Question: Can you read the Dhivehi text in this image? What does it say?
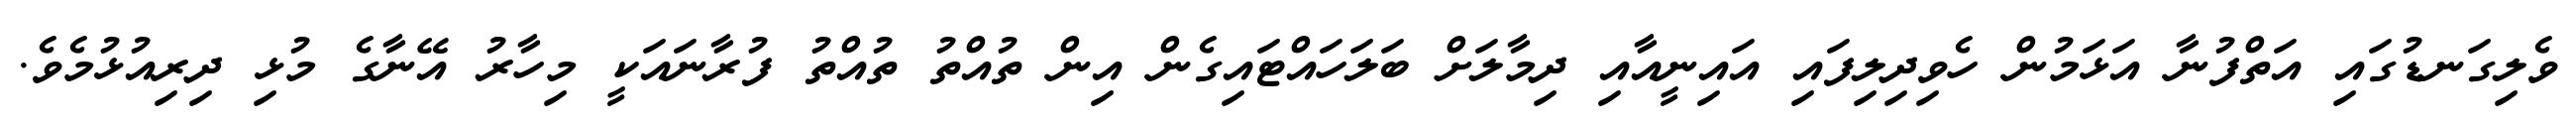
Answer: ވެލިގަނޑުގައި އަތްފުނާ އަޅަމުން ހެވިދިލިފައި އައިނީއާއި ދިމާލަށް ބަލަހައްޓައިގެން އިން ތުއްތު ތުއްތު ފުރާނައަކީ މިހާރު އޭނާގެ މުޅި ދިރިއުޅުމެވެ.